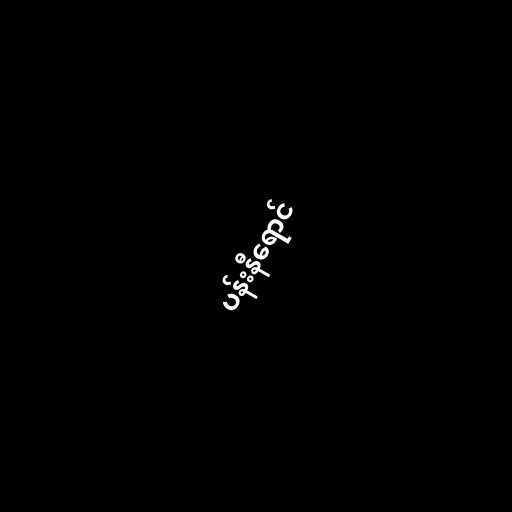
ပန်းနီရောင်